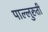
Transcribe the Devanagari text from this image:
पाल्लुरुती